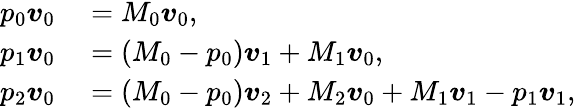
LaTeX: \begin{array}{rl}{p_{0}\boldsymbol{v}_{0}}&{{}=M_{0}\boldsymbol{v}_{0},}\\ {p_{1}\boldsymbol{v}_{0}}&{{}=(M_{0}-p_{0})\boldsymbol{v}_{1}+M_{1}\boldsymbol{v}_{0},}\\ {p_{2}\boldsymbol{v}_{0}}&{{}=(M_{0}-p_{0})\boldsymbol{v}_{2}+M_{2}\boldsymbol{v}_{0}+M_{1}\boldsymbol{v}_{1}-p_{1}\boldsymbol{v}_{1},}\end{array}